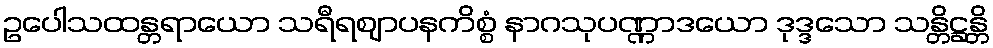
ဥပေါသထန္တရာယော သရီရဈာပနကိစ္စံ နာဂသုပဏ္ဏာဒယော ဒုဒ္ဒသော သန္တိဋ္ဌန္တိ